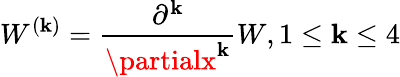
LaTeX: W^{(\mathbf{k})}=\frac{{\partial^{\mathbf{k}}}}{{\partialx^{\mathbf{k}}}}W,1\leq\mathbf{k}\leq4